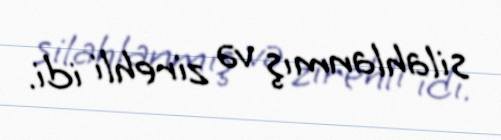
silahlanmış və zirehli idi.